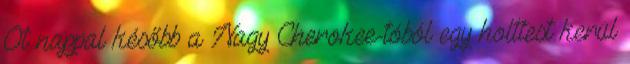
Öt nappal később a Nagy Cherokee-tóból egy holttest kerül